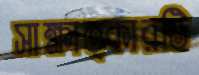
সাক্ষাত্কারটি